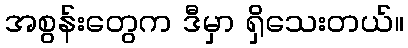
အစွန်းတွေက ဒီမှာ ရှိသေးတယ်။